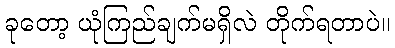
ခုတော့ ယုံကြည်ချက်မရှိလဲ တိုက်ရတာပဲ။